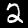
Label: 2